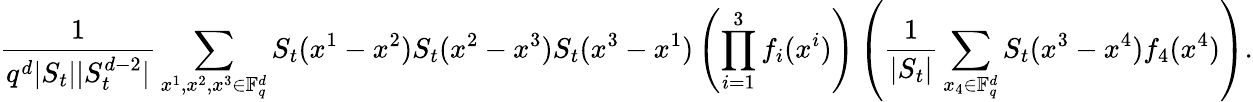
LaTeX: \frac{1}{q^{d}|S_{t}||S_{t}^{d-2}|}\sum_{x^{1},x^{2},x^{3}\in\mathbb F_{q}^{d}}S_{t}(x^{1}-x^{2})S_{t}(x^{2}-x^{3})S_{t}(x^{3}-x^{1})\left(\prod_{i=1}^{3}f_{i}(x^{i})\right)\left(\frac{1}{|S_{t}|}\sum_{x_{4}\in\mathbb F_{q}^{d}}S_{t}(x^{3}-x^{4})f_{4}(x^{4})\right).